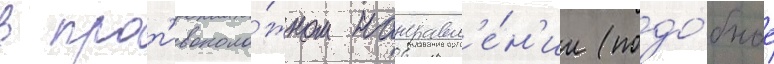
в прот'ивополо́жном направл'е́н'ии (подо́бное